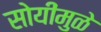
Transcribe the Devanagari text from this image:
सोयींमुळे